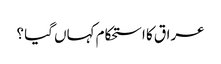
عراق کا استحکام کہاں گیا ؟